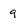
Character: 9